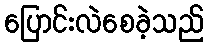
ပြောင်းလဲစေခဲ့သည်